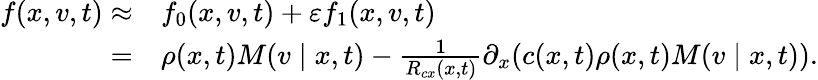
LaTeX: \begin{array}{rl}{f(x,v,t)\approx}&{{}f_{0}(x,v,t)+\varepsilon f_{1}(x,v,t)}\\ {=}&{{}\rho(x,t)M(v\mid x,t)-\frac{1}{R_{cx}(x,t)}\partial_{x}(c(x,t)\rho(x,t)M(v\mid x,t)).}\end{array}